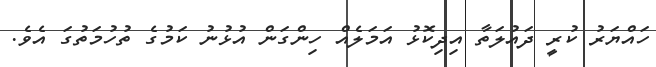
ހައްޔަރު ކުރީ ދައުލަތާ އިދިކޮޅު އަމަލެއް ހިންގަން އުޅުނު ކަމުގެ ތުހުމަތުގަ އެވެ.